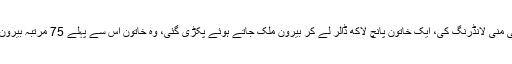
انہوں نے کہا کہ آصف زرداری نے سو ارب کی منی لانڈرنگ کی، ایک خاتون پانچ لاکھ ڈالر لے کر بیرون ملک جاتے ہوئے پکڑی گئی، وہ خاتون اس سے پہلے 75 مرتبہ بیرون ملک گئی تو کتنی رقم ساتھ لے کر گئی ہو گی۔